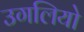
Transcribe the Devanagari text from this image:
उगलियो